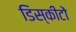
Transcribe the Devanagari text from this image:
डिस्कीटों